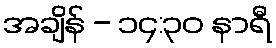
အချိန် - ၁၄:၃၀ နာရီ